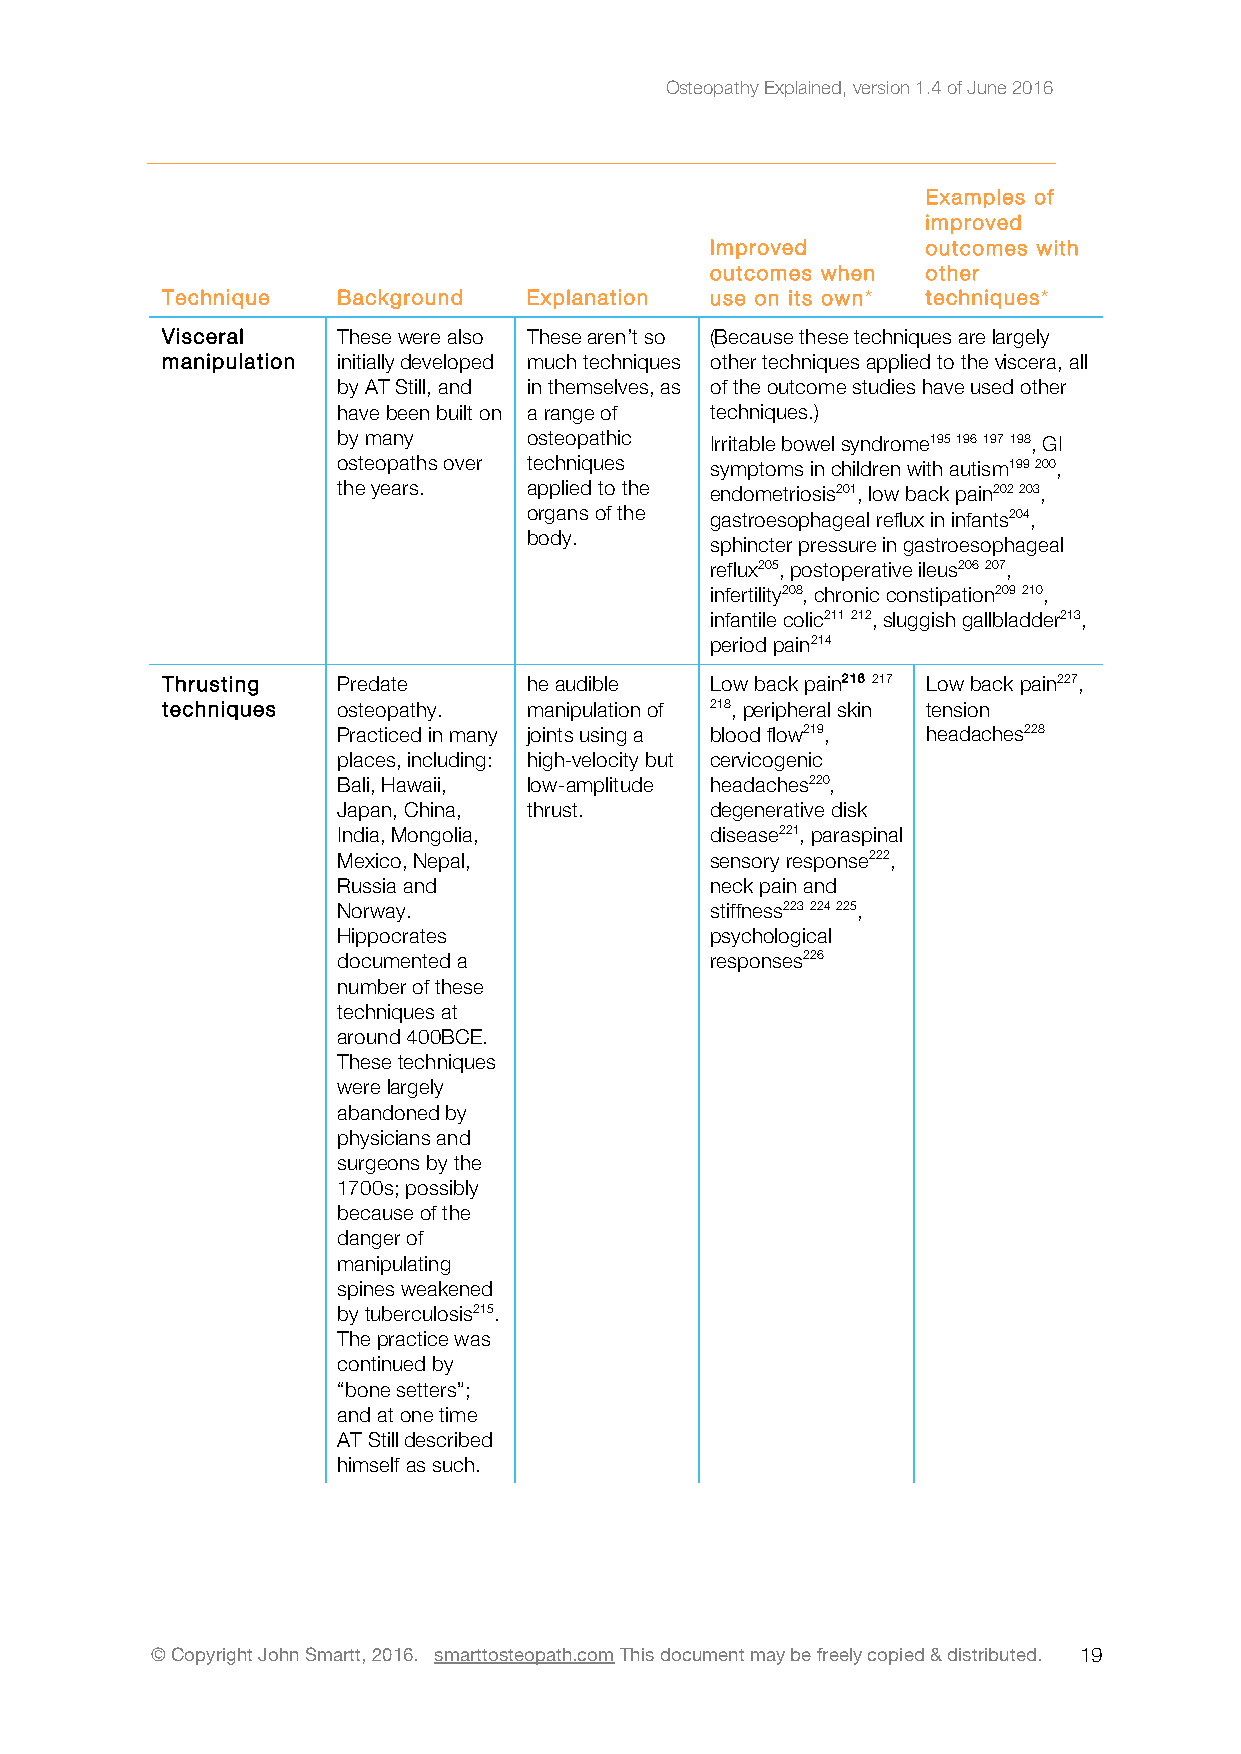
Osteopathy Explained, version 1.4 of June 2016
 Examples of
 improved
 Improved      outcomes with
 outcomes when other
 Technique  Background   Explanation use on its own* techniques*
 Visceral   These were also These aren’t so (Because these techniques are largely
 manipulation initially developed much techniques other techniques applied to the viscera, all
 by AT Still, and in themselves, as of the outcome studies have used other
 have been built on a range of techniques.)
 by many      osteopathic Irritable bowel syndrome195 196 197 198, GI
 osteopaths over techniques symptoms in children with autism199 200,
 the years.   applied to the endometriosis201, low back pain202 203,
 organs of the gastroesophageal reflux in infants204,
 body.
 sphincter pressure in gastroesophageal
 reflux205, postoperative ileus206 207,
 infertility208, chronic constipation209 210,
 infantile colic211 212, sluggish gallbladder213,
 period pain214
 Thrusting  Predate      he audible  Low back pain216 217 Low back pain227,
 techniques osteopathy.  manipulation of 218, peripheral skin tension
 Practiced in many joints using a blood flow219, headaches228
 places, including: high-velocity but cervicogenic
 Bali, Hawaii, low-amplitude headaches220,
 Japan, China, thrust.    degenerative disk
 India, Mongolia,         disease221, paraspinal
 Mexico, Nepal,           sensory response222,
 Russia and               neck pain and
 Norway.                  stiffness223 224 225,
 Hippocrates              psychological
 documented a             responses226
 number of these
 techniques at
 around 400BCE.
 These techniques
 were largely
 abandoned by
 physicians and
 surgeons by the
 1700s; possibly
 because of the
 danger of
 manipulating
 spines weakened
 by tuberculosis215.
 The practice was
 continued by
 “bone setters”;
 and at one time
 AT Still described
 himself as such.
 © Copyright John Smartt, 2016. smarttosteopath.com This document may be freely copied & distributed. 1 9